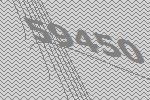
59450